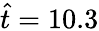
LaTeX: \hat{t}=10.3